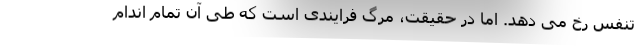
تنفس رخ می دهد. اما در حقیقت، مرگ فرایندی است که طی آن تمام اندام